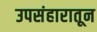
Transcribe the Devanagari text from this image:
उपसंहारातून